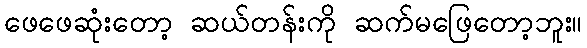
ဖေဖေဆုံးတော့ ဆယ်တန်းကို ဆက်မဖြေတော့ဘူး။